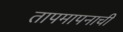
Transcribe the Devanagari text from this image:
तापमापनाची